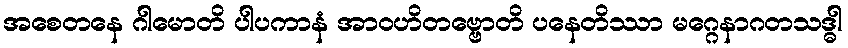
အစေတနေ ဂါမောတိ ပါပကာနံ အာဝဟိတဗ္ဗောတိ ပနေတိဿာ မဂ္ဂေနာဂတသဒ္ဓါ